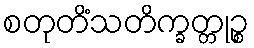
စတုတိံသတိက္ခတ္တုဉ္စ